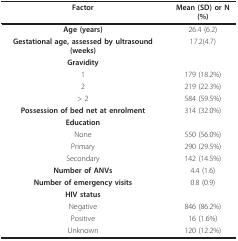
<table><thead><tr><td><b>Factor</b></td><td><b>Mean (SD) or N (%)</b></td></tr></thead><tbody><tr><td><b>Age (years)</b></td><td>26.4 (6.2)</td></tr><tr><td><b>Gestational age, assessed by ultrasound (weeks)</b></td><td>17.2(4.7)</td></tr><tr><td><b>Gravidity</b></td><td></td></tr><tr><td>1</td><td>179 (18.2%)</td></tr><tr><td>2</td><td>219 (22.3%)</td></tr><tr><td>&gt; 2</td><td>584 (59.5%)</td></tr><tr><td><b>Possession of bed net at enrolment</b></td><td>314 (32.0%)</td></tr><tr><td><b>Education</b></td><td></td></tr><tr><td>None</td><td>550 (56.0%)</td></tr><tr><td>Primary</td><td>290 (29.5%)</td></tr><tr><td>Secondary</td><td>142 (14.5%)</td></tr><tr><td><b>Number of ANVs</b></td><td>4.4 (1.6)</td></tr><tr><td><b>Number of emergency visits</b></td><td>0.8 (0.9)</td></tr><tr><td><b>HIV status</b></td><td></td></tr><tr><td>Negative</td><td>846 (86.2%)</td></tr><tr><td>Positive</td><td>16 (1.6%)</td></tr><tr><td>Unknown</td><td>120 (12.2%)</td></tr></tbody></table>